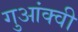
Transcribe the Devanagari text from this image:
गुआंक्वी